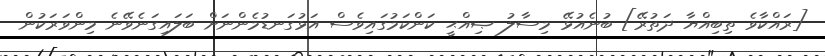
[ރައްކާވެ ތިބިއްޔާ ދަތުރޭ] ބުނެއުޅޭ މިސާލު ޞިއްޙީ ކަންކަމުގައިވެސް އަޅުގަނޑުމެންނަށް ބަލައިގަނެވޭނެ މިންވަރަކުން